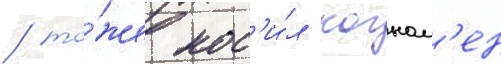
/ то́же нос'и́л когном'ен